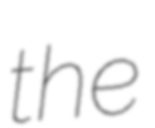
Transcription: the